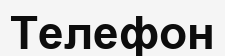
Телефон